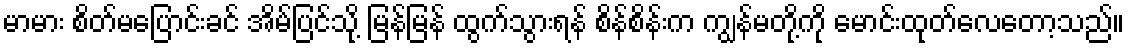
မာမား စိတ်မပြောင်းခင် အိမ်ပြင်သို့ မြန်မြန် ထွက်သွားရန် စိန်စိန်းက ကျွန်မတို့ကို မောင်းထုတ်လေတော့သည်။